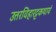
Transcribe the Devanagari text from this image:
उत्तरविहारट्टकथायं